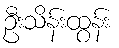
ဦးသိန်းထွန်း